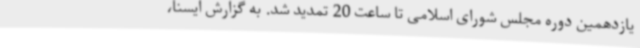
یازدهمین دوره مجلس شورای اسلامی تا ساعت 20 تمدید شد. به گزارش ایسنا،